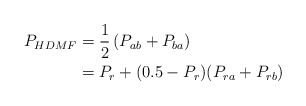
\begin{align*}\begin{aligned}P_{HDMF} &= \frac{1}{2} \left( P_{ab} + P_{ba} \right) \\&= P_r + (0.5 - P_r) (P_{ra} + P_{rb}) \end{aligned}\end{align*}